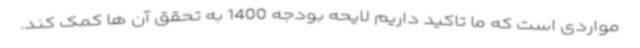
مواردی است که ما تاکید داریم لایحه بودجه 1400 به تحقق آن ها کمک کند.